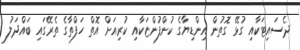
ދެސައިޓަކާއި ގުޅޭ ގޮތުން އިންޑިޔާގެ ކުންފުންޏަކާއި ކުރިއަށް އޮތް ހަފްތާގެ ތެރޭގައި ބައްދަލު